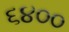
૬૪૦૦